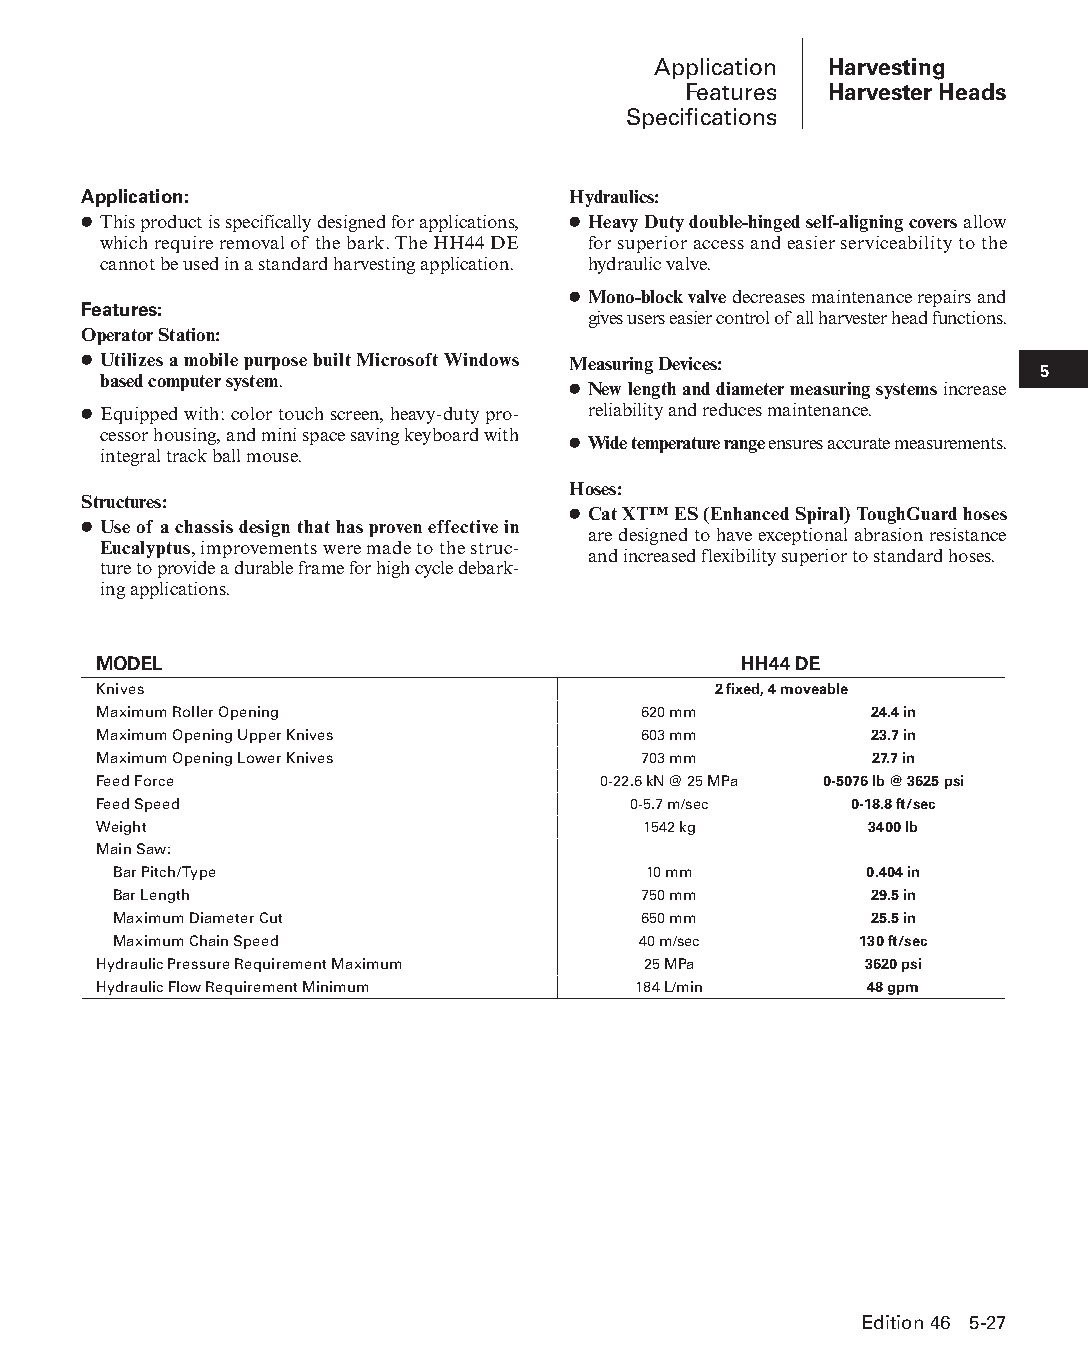
Application Harvesting
 Features Harvester Heads
 Specifications
 Application:                    Hydraulics:
 ● This product is specifically designed for applications, ● Heavy Duty double-hinged self-aligning covers allow
 which require removal of the bark. The HH44 DE for superior access and easier serviceability to the
 cannot be used in a standard harvesting application. hydraulic valve.
 ● Mono-block valve decreases maintenance repairs and
 Features:
 gives users easier control of all harvester head functions.
 Operator Station:
 ● Utilizes a mobile purpose built Microsoft Windows Measuring Devices:
 5
 based computer system.
 ● New length and diameter measuring systems increase
 ● Equipped with: color touch screen, heavy-duty pro- reliability and reduces maintenance.
 ces sor housing, and mini space saving keyboard with
 ● Wide temperature range ensures accurate measurements.
 integral track ball mouse.
 Hoses:
 Structures:
 ● Cat XT™ ES (Enhanced Spiral) ToughGuard hoses
 ● Use of a chassis design that has proven effective in
 are designed to have exceptional abrasion resistance
 Eucalyptus, improvements were made to the struc-
 and increased flexibility superior to standard hoses.
 ture to provide a durable frame for high cycle debark-
 ing applications.
 MODEL                                     HH44 DE
 Knives                                   2 fixed, 4 moveable
 Maximum Roller Opening              620 mm         24.4 in
 Maximum Opening Upper Knives        603 mm         23.7 in
 Maximum Opening Lower Knives        703 mm         27.7 in
 Feed Force                       0-22.6 kN @ 25 MPa 0-5076 lb @ 3625 psi
 Feed Speed                         0-5.7 m/sec    0-18.8 ft/sec
 Weight                              1542 kg        3400 lb
 Main Saw:
 Bar Pitch/Type                     10 mm          0.404 in
 Bar Length                         750 mm         29.5 in
 Maximum Diameter Cut               650 mm         25.5 in
 Maximum Chain Speed                40 m/sec      130 ft/sec
 Hydraulic Pressure Requirement Maximum 25 MPa      3620 psi
 Hydraulic Flow Requirement Minimum 184 L/min       48 gpm
 Edition 46 5-27
 PPHHBB--SSeecc0055--1166..iinndddd 2277                        1122//44//1155 22::1188 PPMM